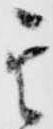
其